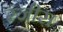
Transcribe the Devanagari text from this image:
रंजीस